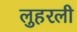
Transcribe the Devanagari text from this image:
लुहरली